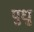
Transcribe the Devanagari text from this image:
पुधु